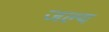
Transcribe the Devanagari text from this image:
जल्य